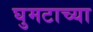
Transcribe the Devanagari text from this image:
घुमटाच्या